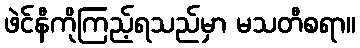
ဖဲင်နီကိုကြည့်ရသည်မှာ မသတီစရာ။